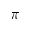
\pi